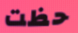
حظت